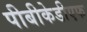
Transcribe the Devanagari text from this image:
पीबीकेडीएफ